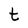
Character: t